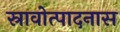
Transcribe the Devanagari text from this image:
स्रावोत्पादनास